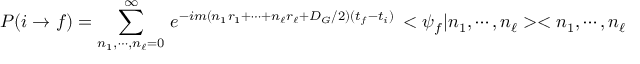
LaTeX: P ( i \rightarrow f ) = \sum _ { n _ { 1 } , \cdots , n _ { \ell } = 0 } ^ { \infty } \, e ^ { - i m ( n _ { 1 } r _ { 1 } + \cdots + n _ { \ell } r _ { \ell } + D _ { G } / 2 ) ( t _ { f } - t _ { i } ) } \, < \psi _ { f } | n _ { 1 } , \cdots , n _ { \ell } > < n _ { 1 } , \cdots , n _ { \ell } | \psi _ { i } > \ \ \ .